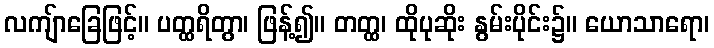
လကျ်ာခြေဖြင့်။ ပတ္ထရိတွာ၊ ဖြန့်၍။ တတ္ထ၊ ထိုပုဆိုး နွမ်းပိုင်း၌။ ယောသာရော၊